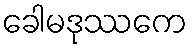
ခေါမဒုဿကေ